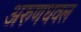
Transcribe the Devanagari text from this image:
अरुणधवल